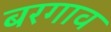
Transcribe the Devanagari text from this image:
बरगाव